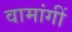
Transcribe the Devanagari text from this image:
वामांगीं